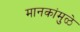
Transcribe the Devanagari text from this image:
मानकांमुळे